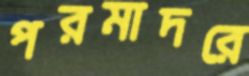
পরমাদরে